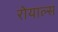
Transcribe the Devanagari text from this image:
रोयाल्स